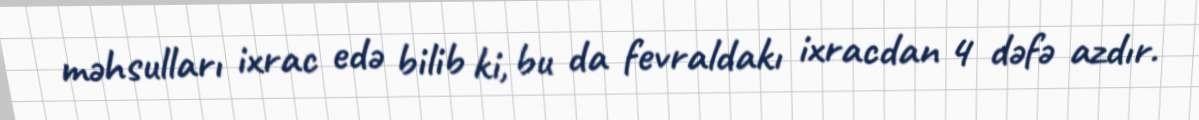
məhsulları ixrac edə bilib ki, bu da fevraldakı ixracdan 4 dəfə azdır.